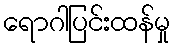
ရောဂါပြင်းထန်မှု